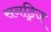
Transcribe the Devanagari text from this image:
सनड्रिज